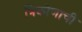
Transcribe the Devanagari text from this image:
त्रिकोणाची